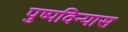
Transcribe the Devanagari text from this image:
पुष्पविन्यास